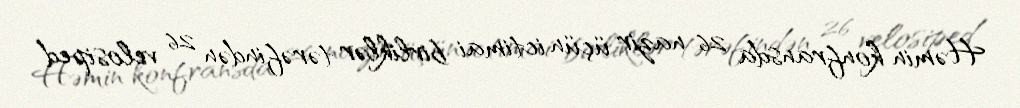
Həmin konfransda 26 nazir üçün ictimai birliklər tərəfindən 26 velosiped